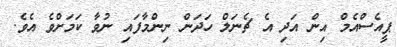
ޕީއެސްއެމް އިން އަދި އެ ޗެނަލް ހަދަން ނިންމާފައި ނުވާ ކަމަށްވެ އެވެ.